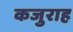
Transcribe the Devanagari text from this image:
कजुराह